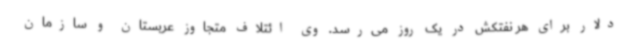
دلار برای هر نفتکش در یک روز می‌رسد. وی ائتلاف متجاوز عربستان و سازمان